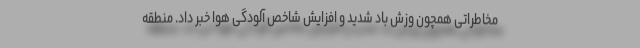
مخاطراتی همچون وزش باد شدید و افزایش شاخص آلودگی هوا خبر داد. منطقه